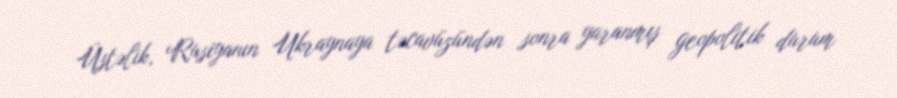
Üstəlik, Rusiyanın Ukraynaya təcavüzündən sonra yaranmış geopolitik durum